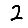
Digit: 2